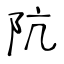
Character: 阬